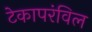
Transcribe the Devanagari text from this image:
टेकापरंविल